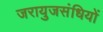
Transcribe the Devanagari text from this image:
जरायुजसंधियों